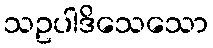
သဥပါဒိသေသော